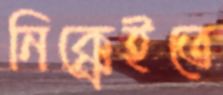
নিক্কেইতে